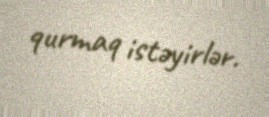
qurmaq istəyirlər.